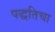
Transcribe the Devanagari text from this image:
पद्धतिचा